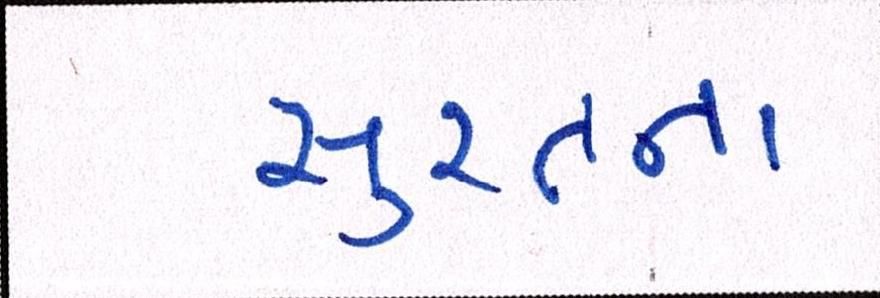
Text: સુરતના